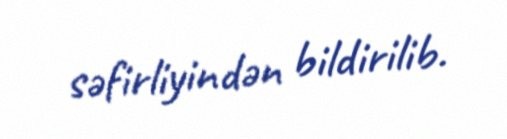
səfirliyindən bildirilib.